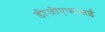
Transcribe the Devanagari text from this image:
डीजीएफआई